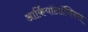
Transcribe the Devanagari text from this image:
आर्कियॉलॉजिकल